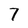
Character: 7